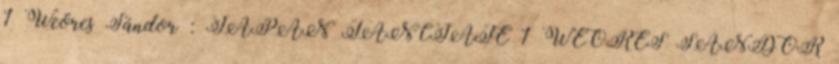
1 Weöres Sándor : JAPÁN TÁNCJÁTÉ 1 WEÖRES SÁNDOR